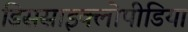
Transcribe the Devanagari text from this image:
डिससाइक्लोपीडिया